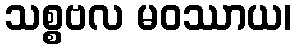
သစ္စဗလ မဝဿာယ၊